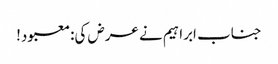
جناب ابراہیم نے عرض کی:معبود!